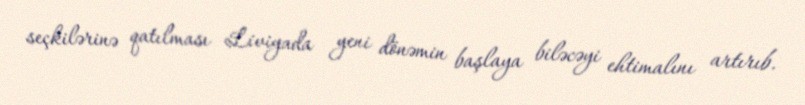
seçkilərinə qatılması Liviyada yeni dönəmin başlaya biləcəyi ehtimalını artırıb.